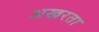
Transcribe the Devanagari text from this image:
अखरता